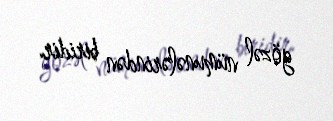
gözəl nümunələrindən biridir.